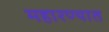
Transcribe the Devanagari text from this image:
महारण्यात